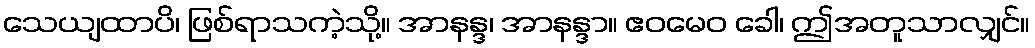
သေယျထာပိ၊ ဖြစ်ရာသကဲ့သို့။ အာနန္ဒ၊ အာနန္ဒာ။ ဧဝမေဝ ခေါ၊ ဤအတူသာလျှင်။